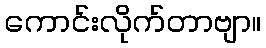
ကောင်းလိုက်တာဗျာ။